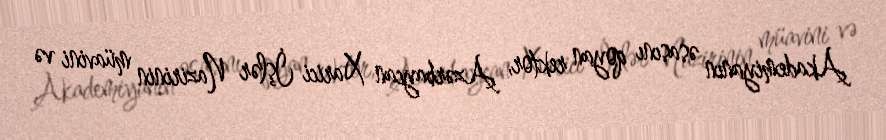
Akademiyanın əsasını qoyan rektor, Azərbaycan Xarici İşlər Nazirinin müavini və